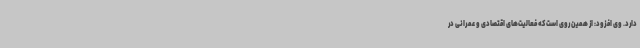
دارد. وی افزود: از همین روی است که فعالیت‌های اقتصادی و عمرانی در